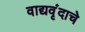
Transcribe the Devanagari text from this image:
वाद्यवृंदाचे